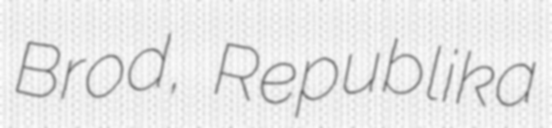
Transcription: Brod, Republika